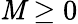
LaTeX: \mathit{M}\geq0